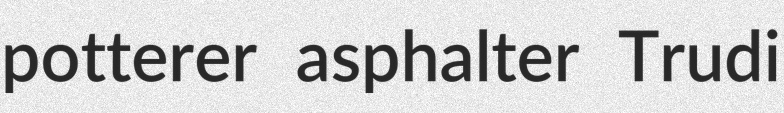
potterer asphalter Trudi